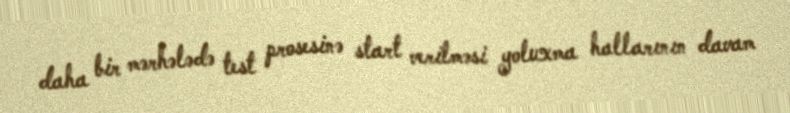
daha bir mərhələdə test prosesinə start verilməsi yoluxma hallarının davam